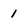
Character: 1